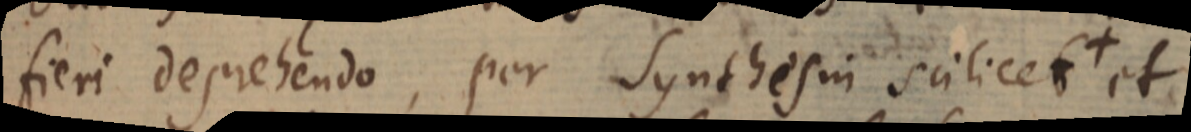
fieri deprehendo, per Synthesin scilicet + et